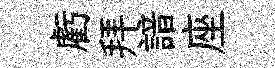
虧拜諳座